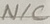
Text: N/C